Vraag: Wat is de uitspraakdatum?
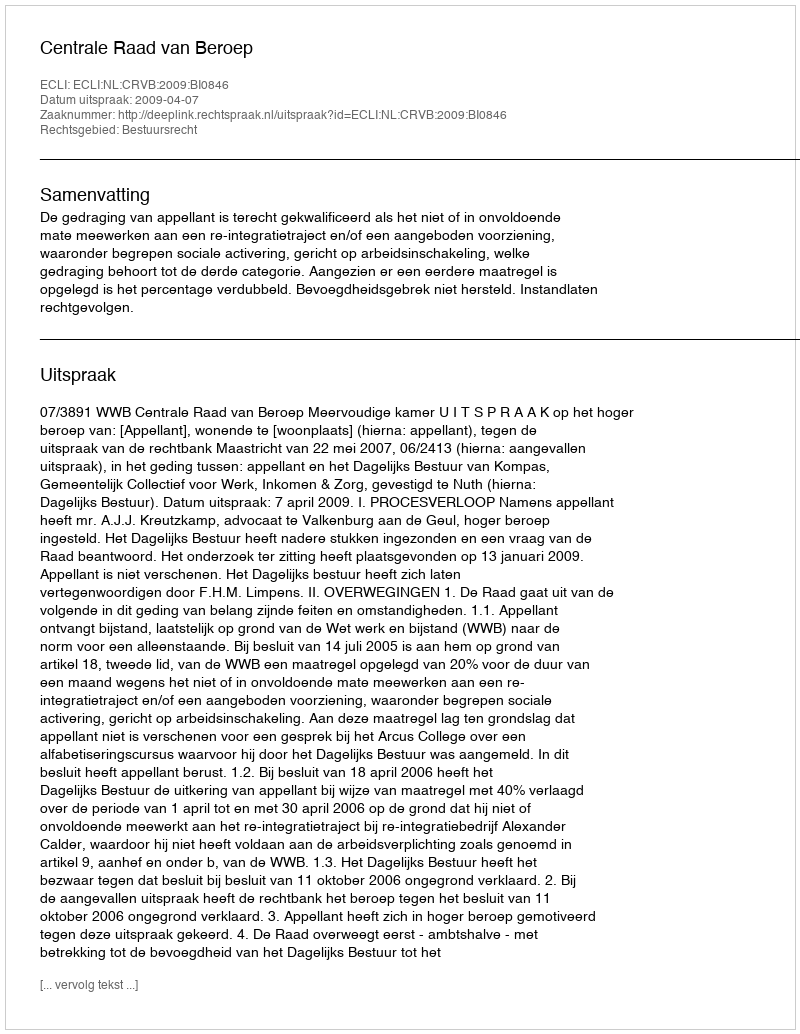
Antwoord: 2009-04-07